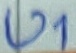
Text: U1